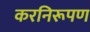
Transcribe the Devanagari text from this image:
करनिरूपण